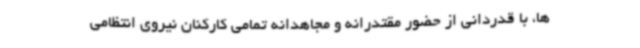
ها، با قدردانی از حضور مقتدرانه و مجاهدانه تمامی کارکنان نیروی انتظامی